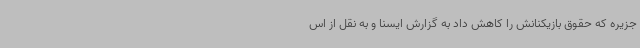
جزیره که حقوق بازیکنانش را کاهش داد به گزارش ایسنا و به نقل از اس